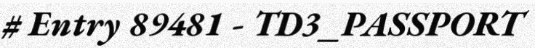
# Entry 89481 - TD3_PASSPORT